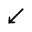
\swarrow